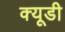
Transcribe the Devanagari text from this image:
क्यूडी